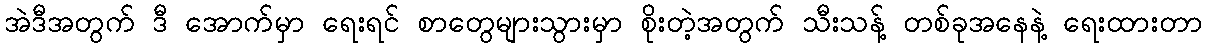
အဲဒီအတွက် ဒီ အောက်မှာ ရေးရင် စာတွေများသွားမှာ စိုးတဲ့အတွက် သီးသန့် တစ်ခုအနေနဲ့ ရေးထားတာ